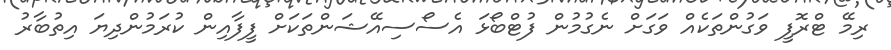
ރިމޭ ޓްރޮފީ ވަގުންތަކެއް ވަގަށް ނެގުމުން ފުޓްބޯޅަ އެސޯސިއޭޝަންތަކަށް ފީފާއިން ކުރަމުންދިޔަ އިތުބާރު